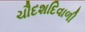
ચૌદશદિવાળી